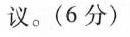
议。(6分)